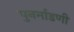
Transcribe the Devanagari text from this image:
पुनर्माडणी